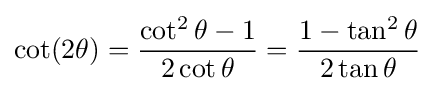
\cot(2\theta )={\frac {\cot ^{2}\theta -1}{2\cot \theta }}={\frac {1-\tan ^{2}\theta }{2\tan \theta }}